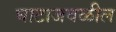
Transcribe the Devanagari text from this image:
घाटाजवळील